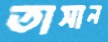
তাসান